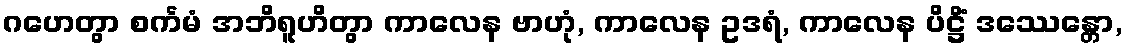
ဂဟေတွာ စင်္ကမံ အဘိရူဟိတွာ ကာလေန ဗာဟုံ, ကာလေန ဥဒရံ, ကာလေန ပိဋ္ဌိံ ဒဿေန္တော,